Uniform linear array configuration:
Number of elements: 64
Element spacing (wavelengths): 0.5
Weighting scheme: cosine
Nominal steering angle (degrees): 30
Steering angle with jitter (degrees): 28.153
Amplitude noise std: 0.05
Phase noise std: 0.05

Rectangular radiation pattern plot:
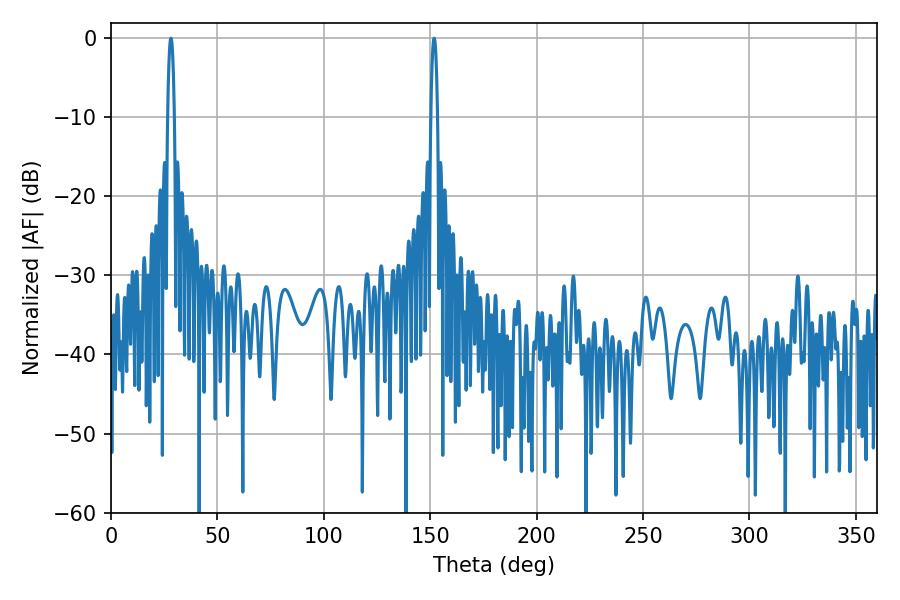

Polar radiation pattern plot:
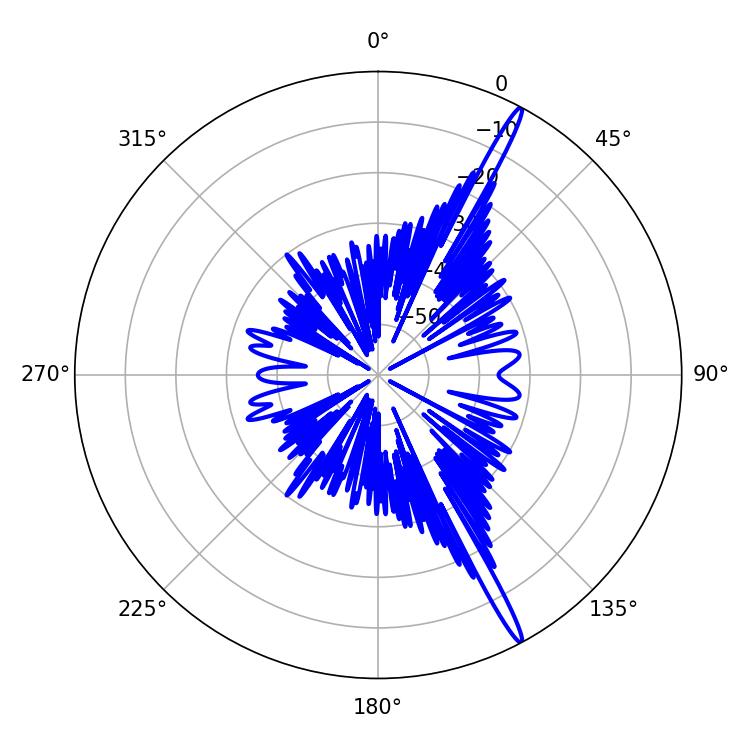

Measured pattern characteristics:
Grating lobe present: FALSE
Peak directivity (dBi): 17.693
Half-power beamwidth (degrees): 1.62
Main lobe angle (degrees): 28.08